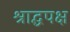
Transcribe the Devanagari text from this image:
श्राद्धपक्ष